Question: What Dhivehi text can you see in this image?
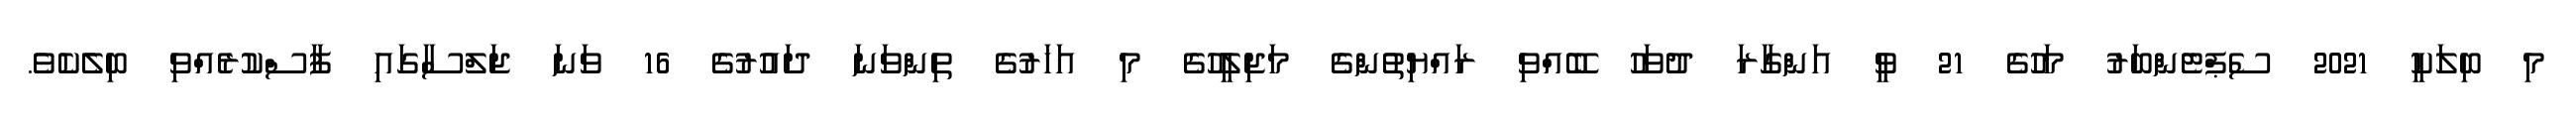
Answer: މި ބިލަކީ 2021 ސެޕްޓެންބަރު މަހުގެ 21 ވީ އަންގާރަ ދުވަހު ބޭއްވި ރައްޔިތުންގެ މަޖިލީހުގެ މި އަހަރުގެ ތިންވަނަ ދައުރުގެ 16 ވަނަ ޖަލްސާގައި ފާސްކުރެއްވި ބިލެކެވެ.